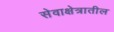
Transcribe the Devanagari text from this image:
सेवाक्षेत्रातील